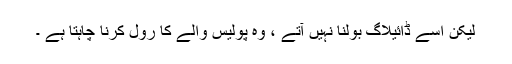
لیکن اُسے ڈائیلاگ بولنا نہیں آتے ، وہ پولیس والے کا رول کرنا چاہتا ہے ۔